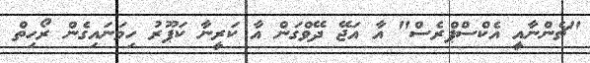
"ޗެންނާއީ އެކްސްޕްރެސް" އާ އަޖޭ ދޭވްގަން އާ ކަރީނާ ކަޕޫރު ހިމަނައިގެން ރޯހިތް